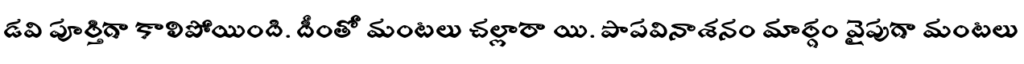
డవి పూర్తిగా కాలిపోయింది. దీంతో మంటలు చల్లారా యి. పాపవినాశనం మార్గం వైపుగా మంటలు